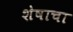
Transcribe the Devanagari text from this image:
शेषाचा